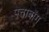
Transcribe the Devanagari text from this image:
पत्ताबोंग